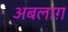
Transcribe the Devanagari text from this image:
अबलाग़